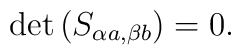
\det \left( S_{\alpha a,\beta b}\right) =0.